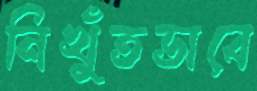
নিখুঁতভাবে